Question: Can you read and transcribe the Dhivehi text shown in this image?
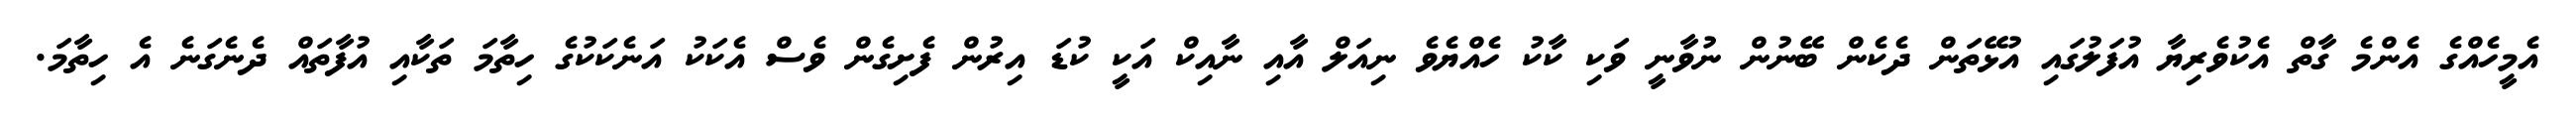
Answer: އެމީހެއްގެ އެންމެ ގާތް އެކުވެރިޔާ އުފަލުގައި އުޅޭތަން ދެކެން ބޭނުން ނުވާނީ ވަކި ކާކު ހެއްޔެވެ ނިއަލް އާއި ނާއިކް އަކީ ކުޑަ އިރުން ފެށިގެން ވެސް އެކަކު އަނެކަކުގެ ހިތާމަ ތަކާއި އުފާތައް ދެނެގަނެ އެ ހިތާމަ.